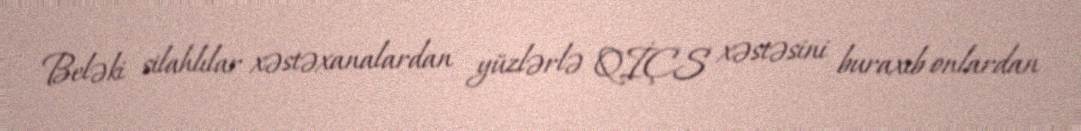
Beləki silahlılar xəstəxanalardan yüzlərlə QİÇS xəstəsini buraxıb onlardan